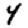
Digit: 4